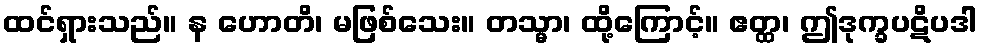
ထင်ရှားသည်။ န ဟောတိ၊ မဖြစ်သေး။ တသ္မာ၊ ထို့ကြောင့်။ ဧတ္ထ၊ ဤဒုက္ခပဋိပဒါ